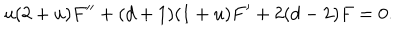
LaTeX: u ( 2 + u ) F ^ { \prime \prime } + ( d + 1 ) ( 1 + u ) F ^ { \prime } + 2 ( d - 2 ) F = 0 .